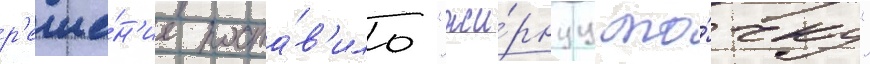
р'еше́н'ие поста́в'ило "жи́рнуу то́чку"